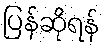
ပြန်ဆိုရန်